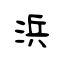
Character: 浜